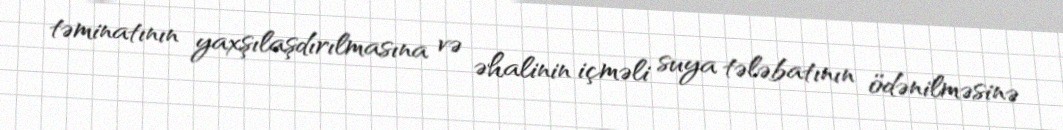
təminatının yaxşılaşdırılmasına və əhalinin içməli suya tələbatının ödənilməsinə